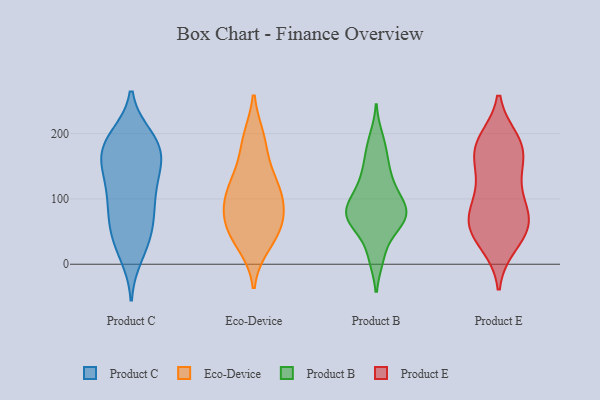
{"axis": {"x": "Production Output", "y": "Value"}, "legend": ["Eco-Device", "Product B", "Product C", "Product E"], "data": [{"x": "", "y": 141, "type": "Product C"}, {"x": "", "y": 14, "type": "Product C"}, {"x": "", "y": 103, "type": "Product C"}, {"x": "", "y": 27, "type": "Product C"}, {"x": "", "y": 193, "type": "Product C"}, {"x": "", "y": 173, "type": "Product C"}, {"x": "", "y": 96, "type": "Product C"}, {"x": "", "y": 85, "type": "Product C"}, {"x": "", "y": 178, "type": "Product C"}, {"x": "", "y": 80, "type": "Product C"}, {"x": "", "y": 183, "type": "Product C"}, {"x": "", "y": 186, "type": "Product C"}, {"x": "", "y": 38, "type": "Product C"}, {"x": "", "y": 147, "type": "Product C"}, {"x": "", "y": 56, "type": "Product C"}, {"x": "", "y": 141, "type": "Product C"}, {"x": "", "y": 55, "type": "Product C"}, {"x": "", "y": 127, "type": "Product C"}, {"x": "", "y": 163, "type": "Product C"}, {"x": "", "y": 195, "type": "Product C"}, {"x": "", "y": 92, "type": "Eco-Device"}, {"x": "", "y": 134, "type": "Eco-Device"}, {"x": "", "y": 96, "type": "Eco-Device"}, {"x": "", "y": 191, "type": "Eco-Device"}, {"x": "", "y": 31, "type": "Eco-Device"}, {"x": "", "y": 116, "type": "Eco-Device"}, {"x": "", "y": 124, "type": "Eco-Device"}, {"x": "", "y": 187, "type": "Eco-Device"}, {"x": "", "y": 60, "type": "Eco-Device"}, {"x": "", "y": 56, "type": "Eco-Device"}, {"x": "", "y": 43, "type": "Eco-Device"}, {"x": "", "y": 77, "type": "Eco-Device"}, {"x": "", "y": 108, "type": "Product B"}, {"x": "", "y": 68, "type": "Product B"}, {"x": "", "y": 141, "type": "Product B"}, {"x": "", "y": 63, "type": "Product B"}, {"x": "", "y": 117, "type": "Product B"}, {"x": "", "y": 77, "type": "Product B"}, {"x": "", "y": 68, "type": "Product B"}, {"x": "", "y": 103, "type": "Product B"}, {"x": "", "y": 49, "type": "Product B"}, {"x": "", "y": 77, "type": "Product B"}, {"x": "", "y": 71, "type": "Product B"}, {"x": "", "y": 140, "type": "Product B"}, {"x": "", "y": 88, "type": "Product B"}, {"x": "", "y": 193, "type": "Product B"}, {"x": "", "y": 10, "type": "Product B"}, {"x": "", "y": 92, "type": "Product B"}, {"x": "", "y": 76, "type": "Product B"}, {"x": "", "y": 181, "type": "Product B"}, {"x": "", "y": 10, "type": "Product B"}, {"x": "", "y": 160, "type": "Product B"}, {"x": "", "y": 152, "type": "Product E"}, {"x": "", "y": 36, "type": "Product E"}, {"x": "", "y": 68, "type": "Product E"}, {"x": "", "y": 131, "type": "Product E"}, {"x": "", "y": 178, "type": "Product E"}, {"x": "", "y": 66, "type": "Product E"}, {"x": "", "y": 125, "type": "Product E"}, {"x": "", "y": 56, "type": "Product E"}, {"x": "", "y": 179, "type": "Product E"}, {"x": "", "y": 53, "type": "Product E"}, {"x": "", "y": 186, "type": "Product E"}, {"x": "", "y": 89, "type": "Product E"}, {"x": "", "y": 30, "type": "Product E"}, {"x": "", "y": 176, "type": "Product E"}, {"x": "", "y": 189, "type": "Product E"}, {"x": "", "y": 69, "type": "Product E"}, {"x": "", "y": 89, "type": "Product E"}]}